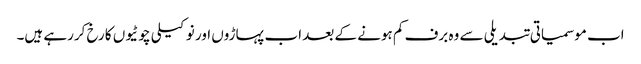
اب موسمیاتی تبدیلی سے وہ برف کم ہونے کے بعد اب پہاڑوں اور نوکیلی چوٹیوں کا رخ کررہے ہیں۔